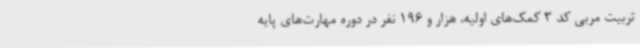
تربیت مربی کد 3 کمک‌های اولیه، هزار و 196 نفر در دوره مهارت‌های پایه